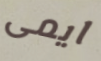
ايمى